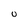
Character: 0